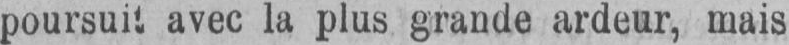
avec la plus grande ardeur, mais